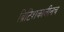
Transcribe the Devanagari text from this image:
ब्रिटिशकालीनच